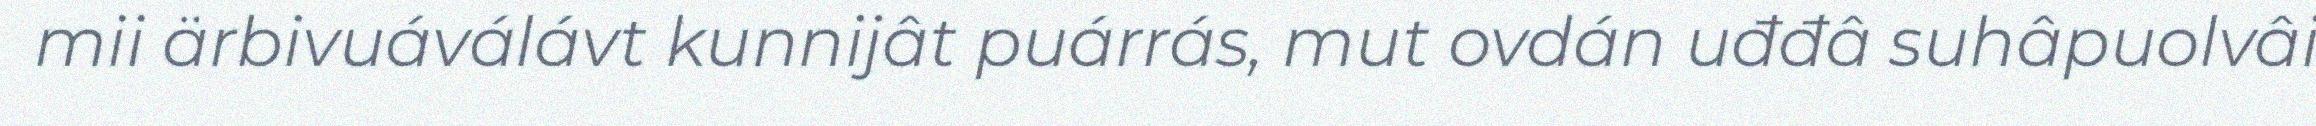
mii ärbivuáválávt kunnijât puárrás, mut ovdán uđđâ suhâpuolvâi